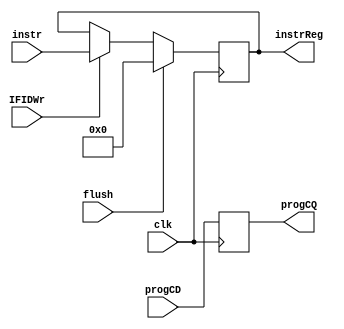
//Raymond Mui , AJ Townsend, Beck Pang
module IFIDReg (clk,flush,IFIDWr,instr, progCD, progCQ, instrReg);
  input clk,flush,IFIDWr;
  input [31:0] instr;
  input [6:0] progCD;
  output reg [6:0] progCQ;
  output reg [31:0] instrReg;

  initial begin
    instrReg = 0;
  end

  always @(posedge clk)
  begin
	progCQ <= progCD;
    if(flush)
      instrReg<=0;
    else if(IFIDWr)
      instrReg <= instr;
  end

endmodule